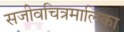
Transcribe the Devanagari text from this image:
सजीवचित्रमालिका